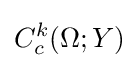
C_{c}^{k}(\Omega ;Y)